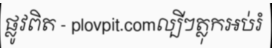
ផ្លូវពិត - plovpit.comល្បីៗត្លុកអប់រំ